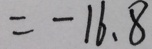
= - 1 6 . 8